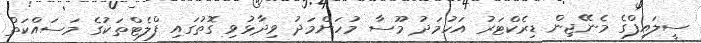
ސީލައިފްގެ މެނޭޖިން ޑިރެކްޓަރު އަހުމަދު މޫސާ މުހަންމަަދު ވިދާޅުވި ގޮތުގައި ފްލެޓްތަކުގެ މަސައްކަތް